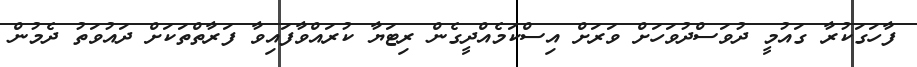
ފާހަގަކުރާ ގައުމީ ދުވަސްދުވަހަށް ވަރަށް އިސްކަމެއްދީގެން ރިޓަޔާ ކުރައްވާފައިވާ ފަރާތްތަކަށް ދައުވަތު ދެމުން